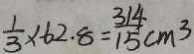
\frac { 1 } { 3 } \times 6 2 . 8 = \frac { 3 1 4 } { 1 5 } c m ^ { 3 }